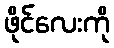
ဖိုင်လေးကို